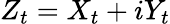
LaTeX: Z_{t}=X_{t}+iY_{t}